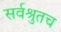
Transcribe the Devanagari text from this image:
सर्वश्रुतच